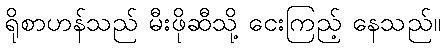
ရိုစာဟန်သည် မီးဖိုဆီသို့ ငေးကြည့် နေသည်။